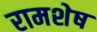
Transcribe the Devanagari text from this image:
रामशेष